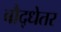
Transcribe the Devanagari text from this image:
बौद्धेतर